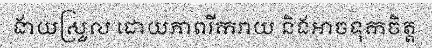
ងាយស្រួល ដោយភាពរីករាយ និងអាចទុកចិត្ត